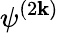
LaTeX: \psi^{(2\mathbf{k})}